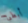
أبطئ